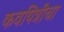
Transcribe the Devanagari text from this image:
कवयित्रींचा